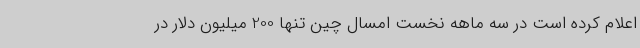
اعلام کرده است در سه ماهه نخست امسال چین تنها 200 میلیون دلار در